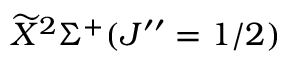
\widetilde { X } ^ { 2 } \Sigma ^ { + } ( J ^ { \prime \prime } = 1 / 2 )